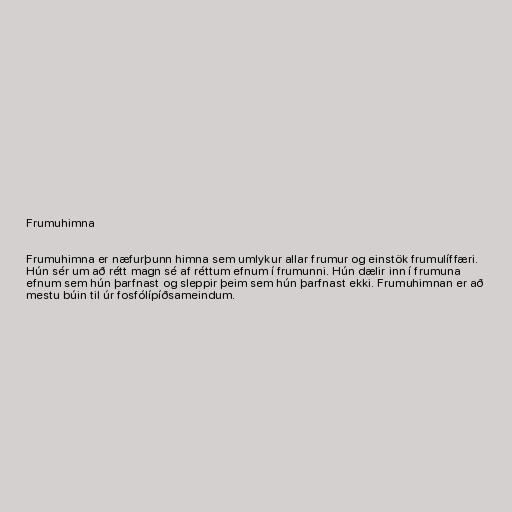
Frumuhimna

Frumuhimna er næfurþunn himna sem umlykur allar frumur og einstök frumulíffæri.
Hún sér um að rétt magn sé af réttum efnum í frumunni. Hún dælir inn í frumuna
efnum sem hún þarfnast og sleppir þeim sem hún þarfnast ekki. Frumuhimnan er að
mestu búin til úr fosfólípíðsameindum.